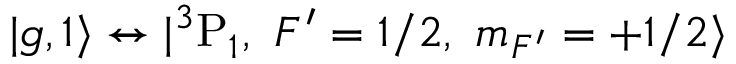
| g , 1 \rangle \leftrightarrow | { } ^ { 3 } \mathrm { P } _ { 1 } , ~ F ^ { \prime } = 1 / 2 , ~ m _ { F ^ { \prime } } = + 1 / 2 \rangle